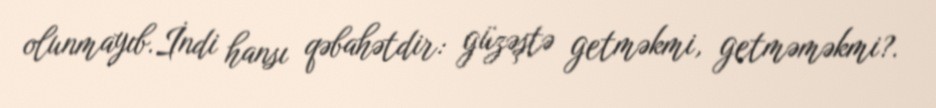
olunmayıb.İndi hansı qəbahətdir: güzəştə getməkmi, getməməkmi?.